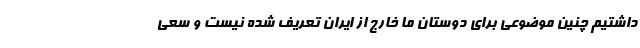
داشتیم چنین موضوعی برای دوستان ما خارج از ایران تعریف شده نیست و سعی